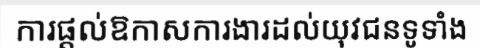
ការផ្តល់ឱកាសការងារដល់យុវជនទូទាំង